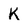
Character: K